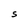
Character: S